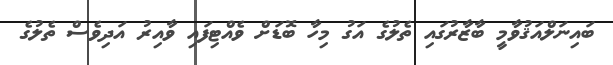
ބައިނަލްއަޤުވާމީ ބާޒާރުގައި ތެލުގެ އަގު މިހާ ބޮޑަށް ވެއްޓިފައި ވާއިރު އަދިވެސް ތެލުގެ